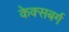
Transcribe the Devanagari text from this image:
केक्सबर्ग